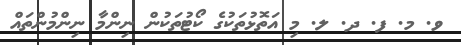
ވ. މ. ފ. ދ. ލ. މި އަތޮޅުތަކުގެ ކޯޓުތަކުން ނިންމާ ނިންމުންތައް